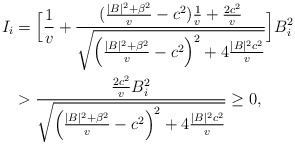
\begin{align*}\begin{aligned}I_i &= \Big[\frac{1}{v}+\frac{(\frac{|B|^2+\beta^2}{v}-c^2)\frac{1}{v}+\frac{2c^2}{v}}{\sqrt{ \Big( \frac{|B|^2+\beta^2}{v}-c^2 \Big)^2+4\frac{|B|^2c^2}{v}}} \Big]B_i^2\\&>\frac{\frac{2c^2}{v} B_i^2}{\sqrt{ \Big( \frac{|B|^2+\beta^2}{v}-c^2 \Big)^2+4\frac{|B|^2c^2}{v}}}\ge0,\end{aligned}\end{align*}